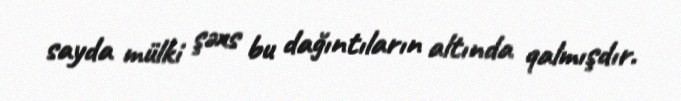
sayda mülki şəxs bu dağıntıların altında qalmışdır.